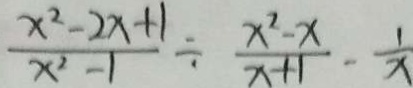
\frac { x ^ { 2 } - 2 x + 1 } { x ^ { 2 } - 1 } \div \frac { x ^ { 2 } - x } { x + 1 } - \frac { 1 } { x }